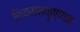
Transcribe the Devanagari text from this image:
शिवरामकॄष्णन